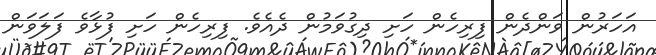
އަހަރުން ވަންދެން ފިރިހެން ހަށި ދިގުވަމުން ދެއެވެ. ފިރިހެން ހަށި ފުޅާވެ ފަލަވަން